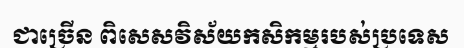
ជាច្រើន ពិសេសវិស័យកសិកម្មរបស់ប្រទេស